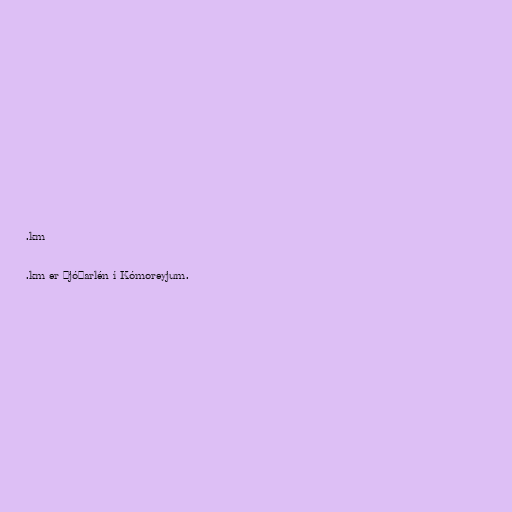
.km

.km er þjóðarlén í Kómoreyjum.